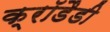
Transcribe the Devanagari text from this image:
क्रॉडैडी